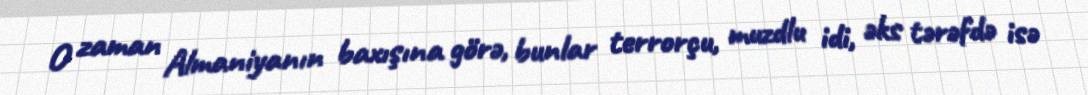
O zaman Almaniyanın baxışına görə, bunlar terrorçu, muzdlu idi, əks tərəfdə isə